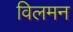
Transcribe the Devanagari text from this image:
विलमन